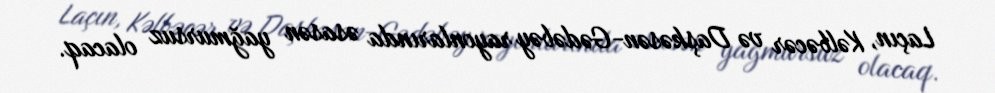
Laçın, Kəlbəcər və Daşkəsən-Gədəbəy rayonlarında əsasən yağmursuz olacaq.